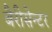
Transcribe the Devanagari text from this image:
बैरीसेन्टर